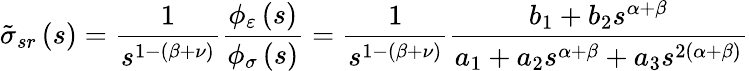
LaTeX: \tilde{\sigma}_{sr}\left(s\right)=\frac{1}{s^{1-\left(\beta+\nu\right)}}\frac{\phi_{\varepsilon}\left(s\right)}{\phi_{\sigma}\left(s\right)}=\frac{1}{s^{1-\left(\beta+\nu\right)}}\frac{b_{1}+b_{2}s^{\alpha+\beta}}{a_{1}+a_{2}s^{\alpha+\beta}+a_{3}s^{2\left(\alpha+\beta\right)}}